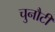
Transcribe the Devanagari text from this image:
चुनौटी